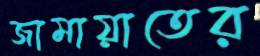
জামায়াতের